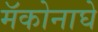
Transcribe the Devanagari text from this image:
मॅकोनाघे